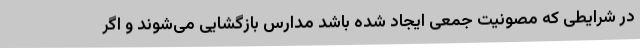
در شرایطی که مصونیت جمعی ایجاد شده باشد مدارس بازگشایی می‌شوند و اگر